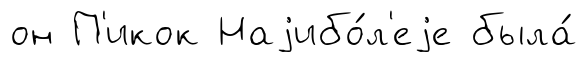
он П'икок Наjибо́л'еjе была́